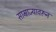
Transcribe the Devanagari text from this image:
साम्राज्यावरून